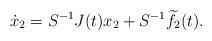
LaTeX: \begin{align*}\dot x_2=S^{-1}J(t)x_2+S^{-1}\widetilde f_2(t).\end{align*}